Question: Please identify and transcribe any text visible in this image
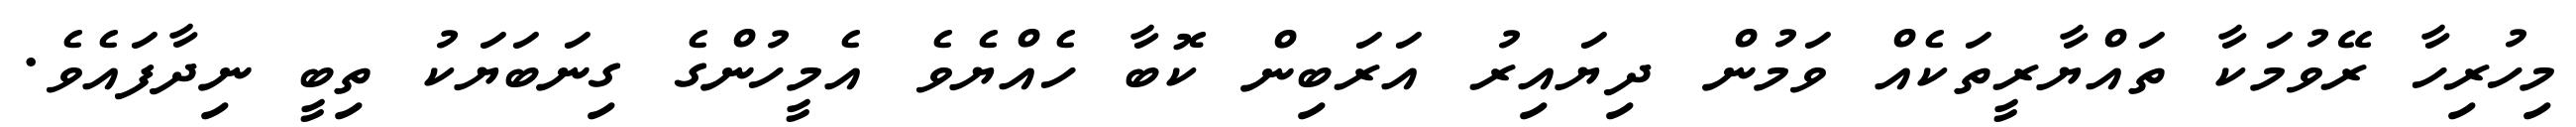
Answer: މިހުރިހާ ރޭވުމަކާ ތައްޔާރީތަކެއް ވަމުން ދިޔައިރު އަރަބިން ކޮބާ ހެއްޔެވެ އެމީހުންގެ ގިނަބަޔަކު ތިބީ ނިދާފައެވެ.